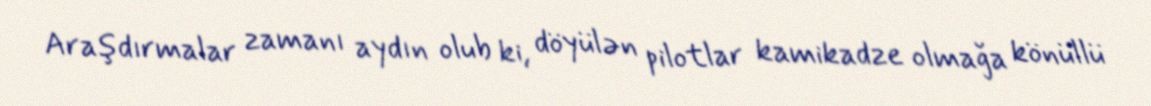
Araşdırmalar zamanı aydın olub ki, döyülən pilotlar kamikadze olmağa könüllü